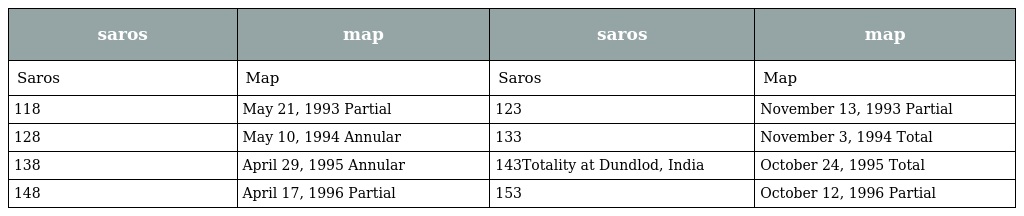
| saros | map | saros | map |
 | --- | --- | --- | --- |
 | Saros | Map | Saros | Map |
 | 118 | May 21, 1993 Partial | 123 | November 13, 1993 Partial |
 | 128 | May 10, 1994 Annular | 133 | November 3, 1994 Total |
 | 138 | April 29, 1995 Annular | 143Totality at Dundlod, India | October 24, 1995 Total |
 | 148 | April 17, 1996 Partial | 153 | October 12, 1996 Partial |